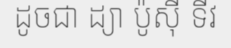
ដូចជា ដ្យា ប៉ូស៊ី ទីវ